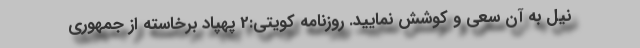
نیل به آن سعی و کوشش نمایید. روزنامه کویتی:2 پهپاد برخاسته از جمهوری